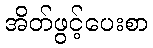
အိတ်ဖွင့်ပေးစာ